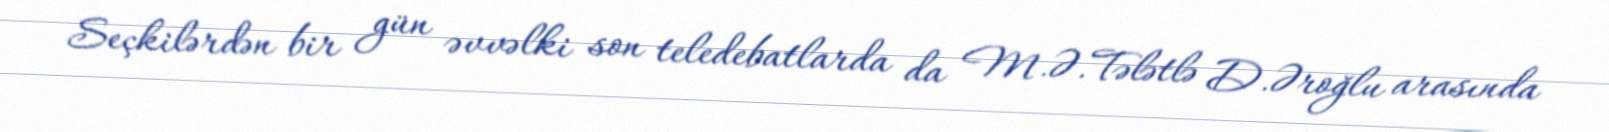
Seçkilərdən bir gün əvvəlki son teledebatlarda da M.Ə.Tələtlə D.Əroğlu arasında